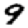
Digit: 9